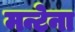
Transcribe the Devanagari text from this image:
मन्टेना